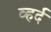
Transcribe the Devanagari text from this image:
व्हर्द